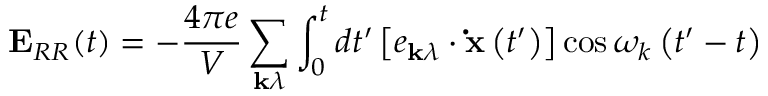
\mathbf { E } _ { R R } ( t ) = - { \frac { 4 \pi e } { V } } \sum _ { \mathbf { k } \lambda } \int _ { 0 } ^ { t } d t ^ { \prime } \left[ e _ { \mathbf { k } \lambda } \cdot \mathbf { \dot { x } } \left( t ^ { \prime } \right) \right] \cos \omega _ { k } \left( t ^ { \prime } - t \right)